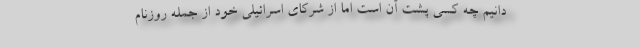
‌دانیم چه کسی پشت آن است اما از شرکای اسرائیلی خود از جمله روزنام